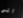
الى